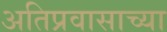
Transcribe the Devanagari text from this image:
अतिप्रवासाच्या